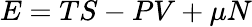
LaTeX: E=TS-PV+\mu N